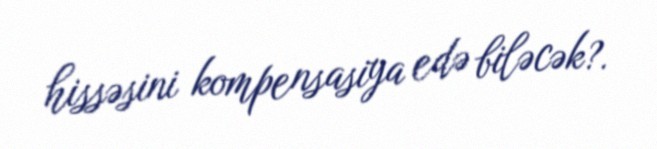
hissəsini kompensasiya edə biləcək?.